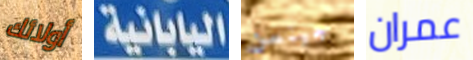
أولائك اليابانية جينسن عمران